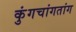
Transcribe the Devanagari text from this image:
कुंगचांगतांग